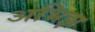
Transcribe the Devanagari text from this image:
अभिझ